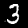
Label: 3